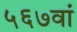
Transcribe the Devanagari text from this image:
५६७वां